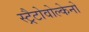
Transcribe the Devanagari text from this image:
स्ट्रैटोवोल्केनो